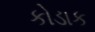
કોડાક